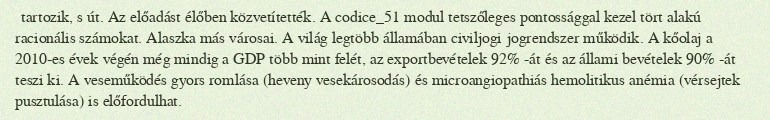
tartozik, s út. Az előadást élőben közvetítették. A codice_51 modul tetszőleges pontossággal kezel tört alakú racionális számokat. Alaszka más városai. A világ legtöbb államában civiljogi jogrendszer működik. A kőolaj a 2010-es évek végén még mindig a GDP több mint felét, az exportbevételek 92% -át és az állami bevételek 90% -át teszi ki. A veseműködés gyors romlása (heveny vesekárosodás) és microangiopathiás hemolitikus anémia (vérsejtek pusztulása) is előfordulhat.